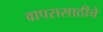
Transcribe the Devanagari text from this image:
वापरासाठीचे